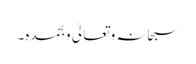
سبحانہ وتعالیٰ وبحمدہ۔